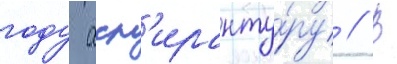
году асп'иранту́ру // В